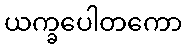
ယက္ခပေါတကော